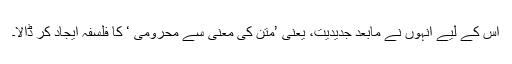
اس کے لیے انہوں نے مابعد جدیدیت، یعنی ’متن کی معنی سے محرومی ‘ کا فلسفہ ایجاد کر ڈالا۔